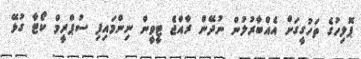
ޕޮލިހުގެ ތަހުގީގަށް އެއްބާރުލުން ނުދޭން ރާއްޖެ ޓީވީން ނިންމައިފި ސުޕްރީމް ކޯޓާ ގުޅޭ